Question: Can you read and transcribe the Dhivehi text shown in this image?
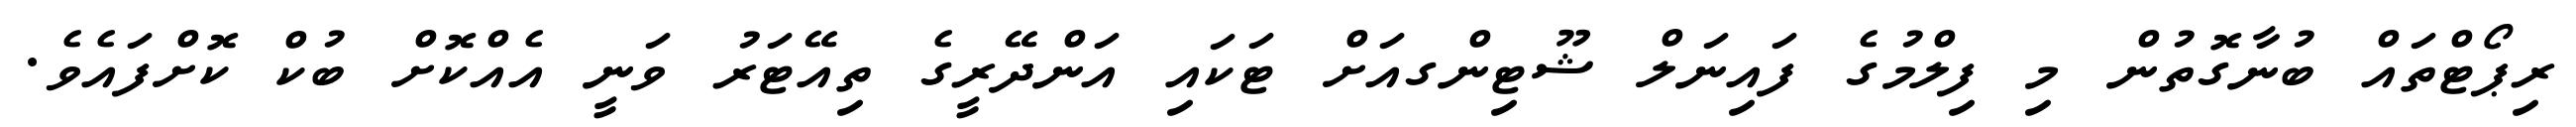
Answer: ރިޕޯޓްތައް ބުނާގޮތުން މި ފިލްމުގެ ފައިނަލް ޝޫޓިންގއަށް ޓަކައި އަންދޭރީގެ ތިއޭޓަރު ވަނީ އެއްކޮށް ބުކް ކޮށްފައެވެ.